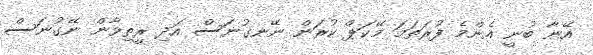
އޭނާ ބުނީ އެންމެ ފުރަތަމަ މޭކަޕް ކުރަން ނޭނގުނަސް އަދި ރީތިވާން ނޭގުނަސް